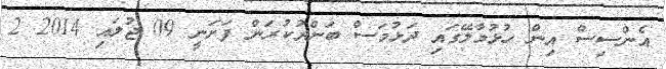
އެންސިސް އިން ހުޅުމާލޭގައި ދަޅުމަސް ބަންދުކުރަން ފަށަނީ 09 ޖުލައި 2014 2